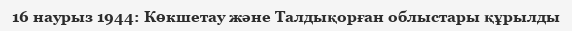
16 наурыз 1944: Көкшетау және Талдықорған облыстары құрылды